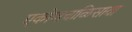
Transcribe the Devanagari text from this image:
एकोणचाळिसावा